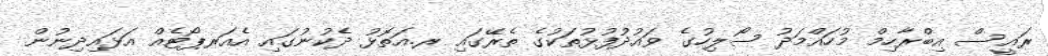
ރައީސް އިބްރާހިމް މުހައްމަދު ސޯލިހުގެ ވައުދުފުޅުތަކުގެ ތެރޭގައި ރ.އަތޮޅު ދެކުނުގައި އެއަރޕޯޓެއް އަޅައިދިނުން